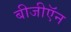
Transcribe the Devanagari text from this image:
बीजीऍन